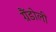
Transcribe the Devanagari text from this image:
ग्रैंडोली